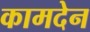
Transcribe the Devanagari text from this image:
कामदेन